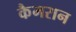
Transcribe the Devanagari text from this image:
कैमरान